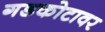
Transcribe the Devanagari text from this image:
गडकोटावर